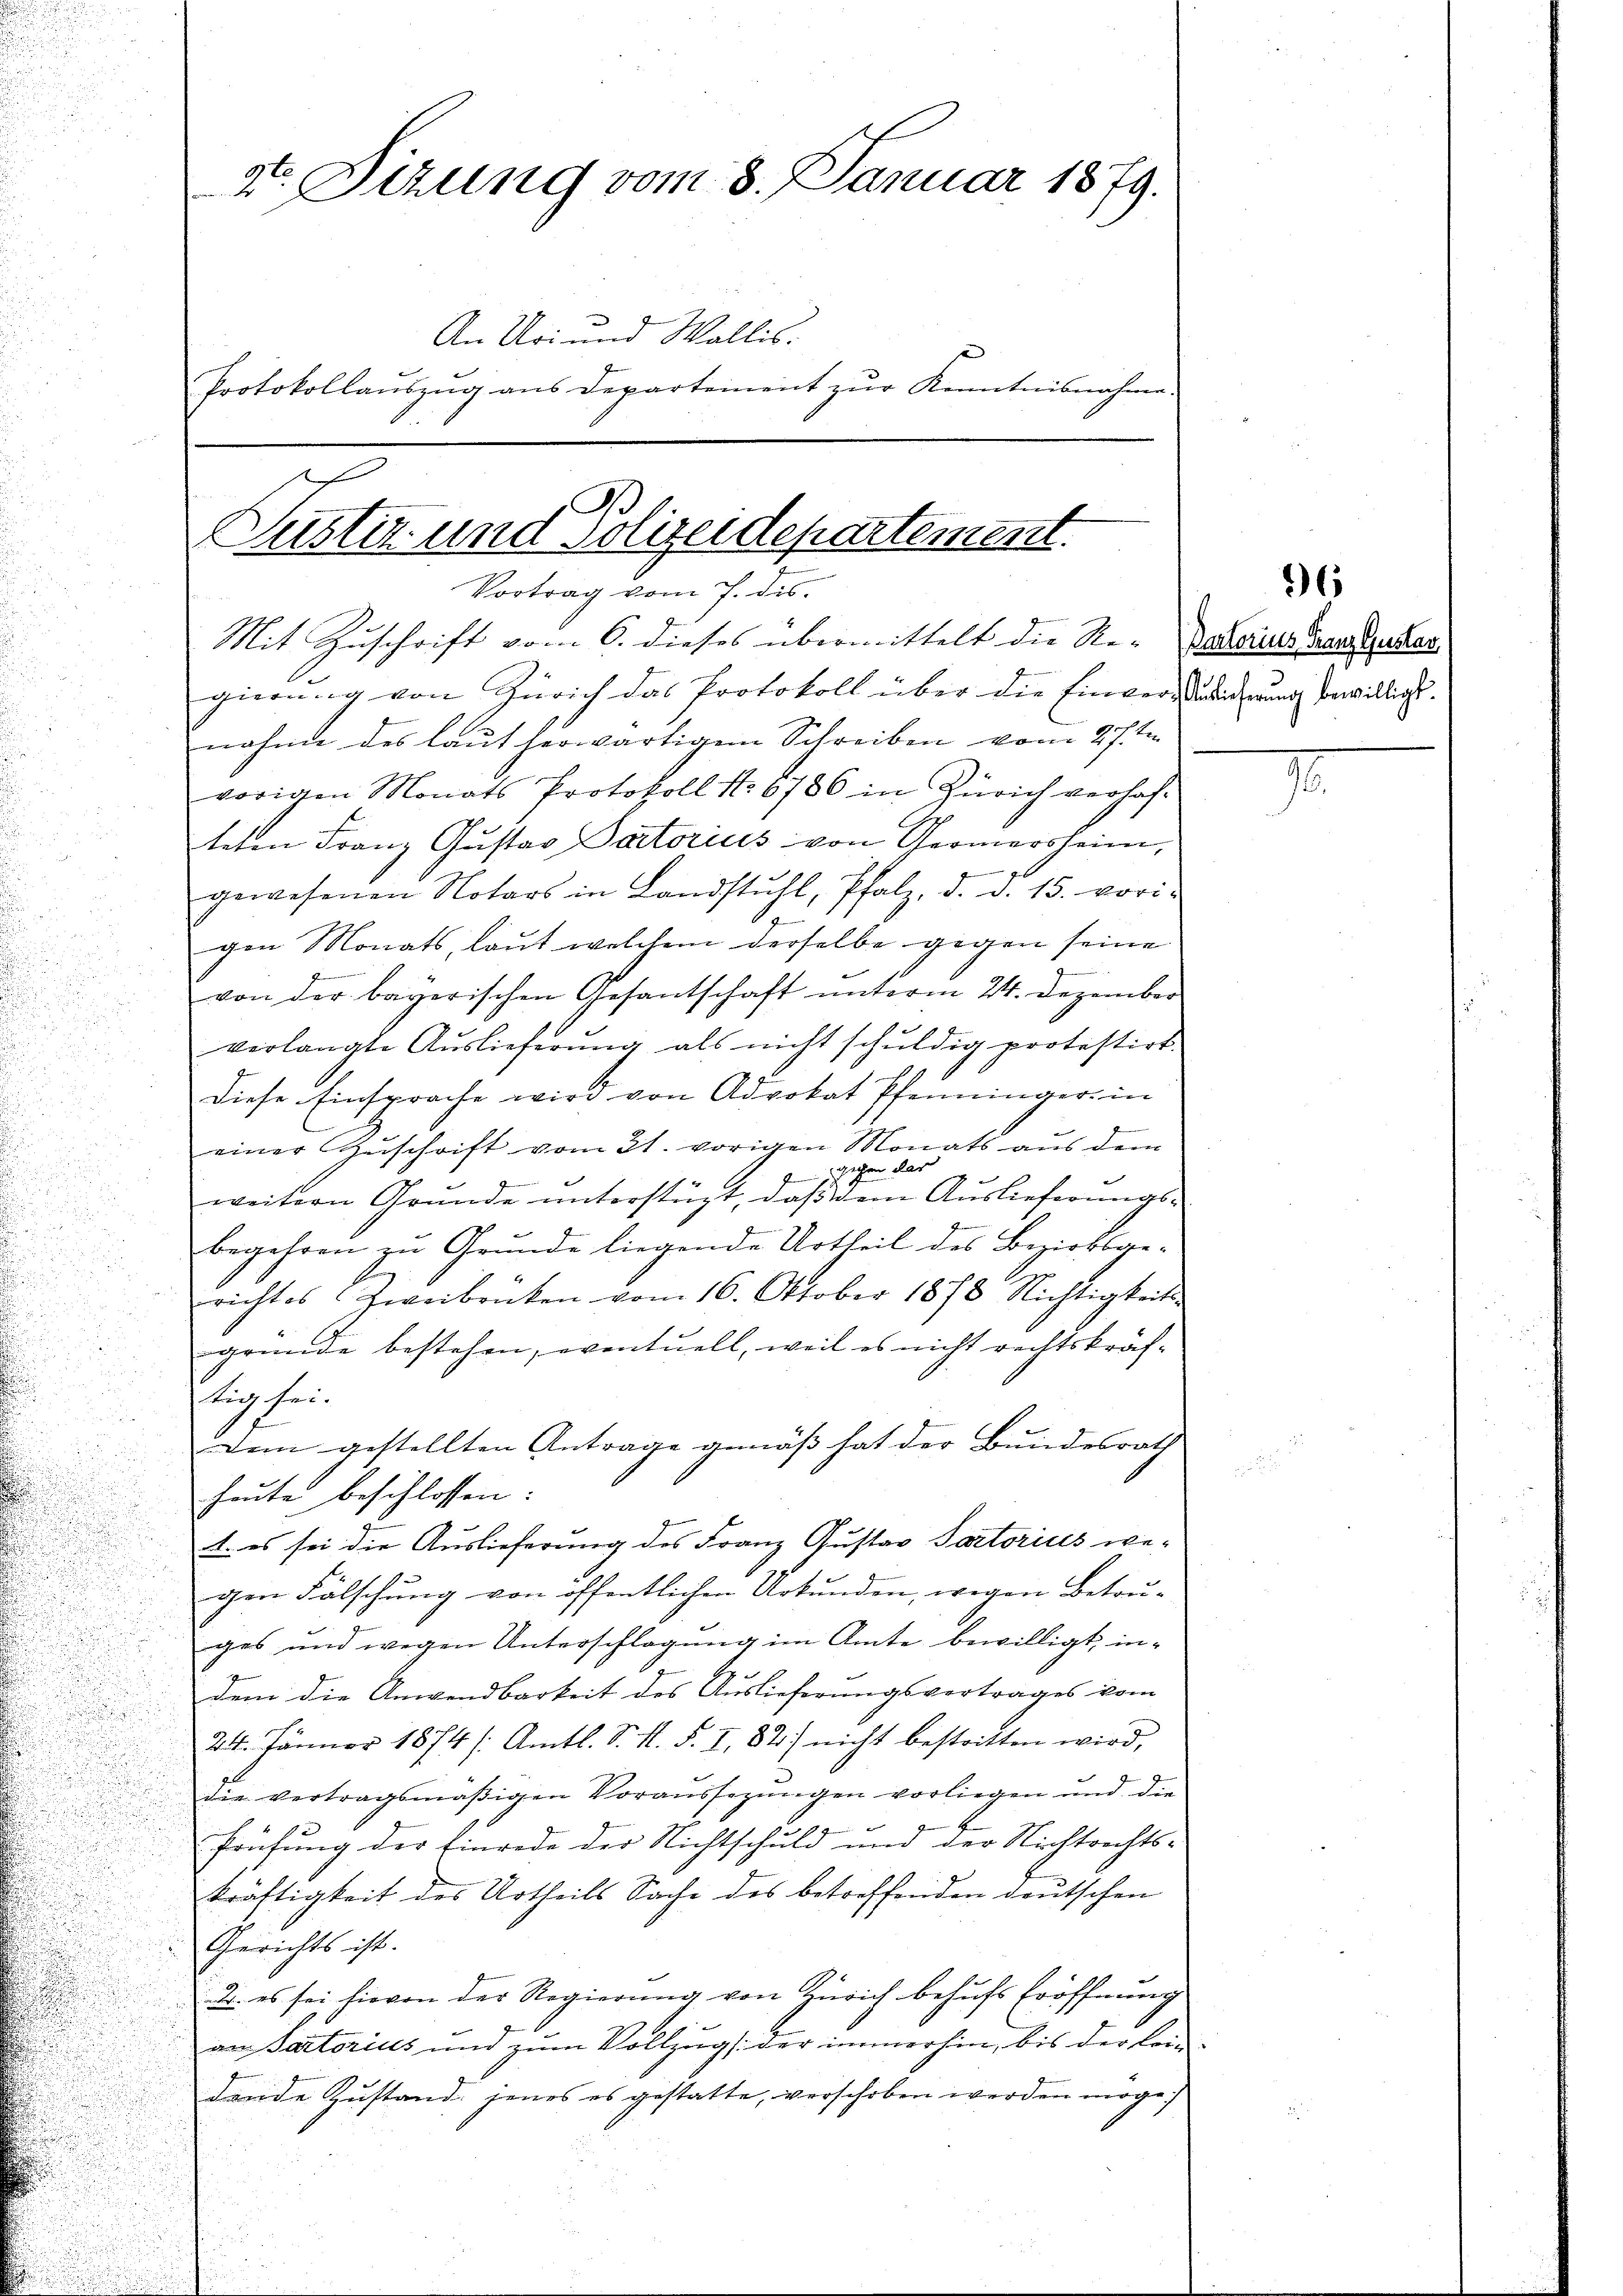
gierung von Zürich das Protokoll über die Einverstradidierung bewilligt.
nahme des laut herwärtigem Schreiben vom 27. ten
vorigen Monats Protokoll No 6786 in Zürich verhafteten Franz Gustav Dactorius von Germersheim,

gewesenen Notars in Landstŭhl, Pfalz, d. d. 15. vori-
gen Monats, laut welchem derselbe gegen seine
von der bayerischen Gesantschaft unterm 24. Dezember
verlangte Auslieferung als nicht schuldig protestirt.
Diese Einsprache wird von Advokat Pfenninger in
einer Zuschrift vom 21. vorigen Monats aus dem
gegen dar
weitern Grunde unterstüzt, daß dem Auslieferungsbegehren zu Grunde liegende Urtheil des Bezirksgerichtes Zweibrücken vom 16. Oktober 1878 Nichtigkeits
gründe bestehen, eventuell, weil es nicht rechtskräftig sei.
Dem gestellten Antrage gemäß hat der Bundesrath
heŭte beschlossen:
1. es sei die Auslieferung des Franz Gustav Partorius we-
gen Fälschung von öffentlichen Urkunden, wegen Betruges und wegen Unterschlagung im Amte bewilligt, indem die Anwendbarkeit des Auslieferungsvertrages vom
24. Jänner 1874 /: Amtl. S. K. S. I, 82) nicht bestritten wird,
die vertragsmäßigen Voraussezungen vorliegen und die
Prüfung der Einrede der Nichtschuld und der Nichtrechts-
kräftigkeit des Urtheils Sache des betreffenden deutschen
Gerichts ist.
2. es sei hievon der Regierung von Zürich behufs Eröffnung
an Partorius und zum Vollzug (der immerhin, bis der Con
dende Zustand, jenes es gestatte, verschoben werden möge

4. Sitzung vom 8. Januar 1879.
An Uri und Wallis.
Protokollauszug aus Departement zur Kenntnisnahme.

Justiz und Polizeidepartement.
Vortrag vom 7. ds.
Mit Zuschrift vom 6. dieses übermittelt die Re-Dahoris Ganz Gustan

36